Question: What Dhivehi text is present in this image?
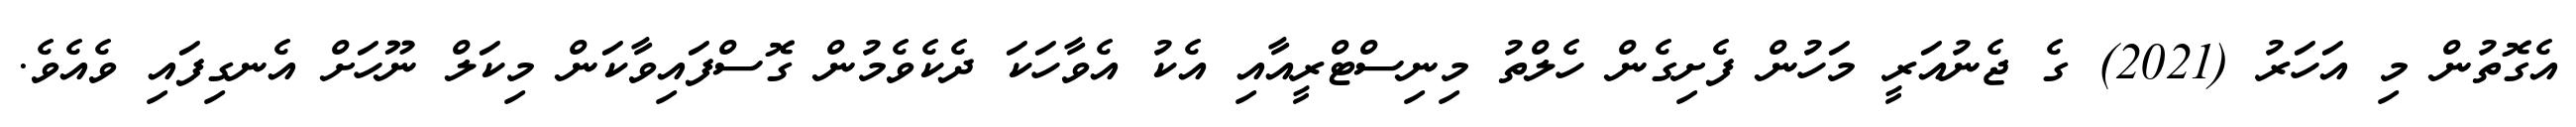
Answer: އެގޮތުން މި އަހަރު (2021) ގެ ޖެނުއަރީ މަހުން ފެށިގެން ހެލްތު މިނިސްޓްރީއާއި އެކު އެވާހަކަ ދެކެވެމުން ގޮސްފައިވާކަން މިކަލް ނޫހަށް އެނގިފައި ވެއެވެ.